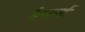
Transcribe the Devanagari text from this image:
मैनार्ड